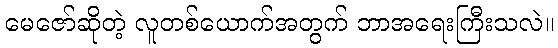
မေဇော်ဆိုတဲ့ လူတစ်ယောက်အတွက် ဘာအရေးကြီးသလဲ။